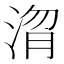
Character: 𭰴